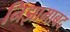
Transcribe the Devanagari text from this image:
निझामाबद